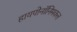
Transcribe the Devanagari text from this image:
हायपोनॉनिमकल